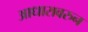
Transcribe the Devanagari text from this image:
आधारावरुन